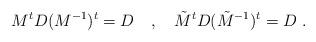
LaTeX: \begin{align*}M^tD(M^{-1})^t=D \quad, \quad \tilde{M}^t D (\tilde{M}^{-1})^t=D \;.\end{align*}